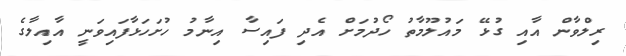
ރިލްވާން އާއި ގުޅޭ މައުލޫމާތު ހޯދުމަށް އެދި ފައިސާ އިނާމު ހުށަހަޅާފައިވަނީ އާއިލާގެ